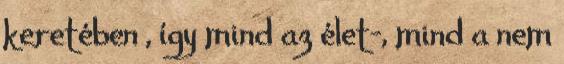
keretében , így mind az élet-, mind a nem